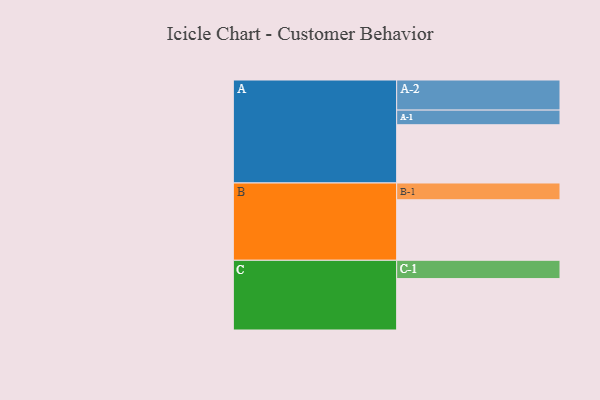
{"axis": {"x": "Segment", "y": "Value"}, "legend": ["", "A", "B", "C"], "data": [{"x": "A", "y": 569, "type": ""}, {"x": "B", "y": 591, "type": ""}, {"x": "C", "y": 502, "type": ""}, {"x": "A-1", "y": 143, "type": "A"}, {"x": "A-2", "y": 294, "type": "A"}, {"x": "B-1", "y": 164, "type": "B"}, {"x": "C-1", "y": 179, "type": "C"}]}